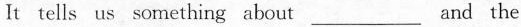
It tells us something about ____ and the